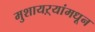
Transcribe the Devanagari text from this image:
मुशायऱ्यांमधून